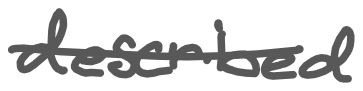
Text: described
Cross-out: mix
Writing tool: digital_gray